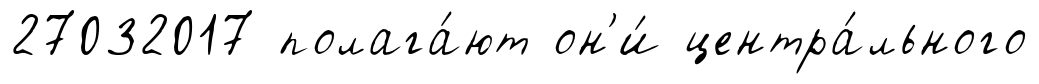
27032017 полага́ют он'и́ центра́льного